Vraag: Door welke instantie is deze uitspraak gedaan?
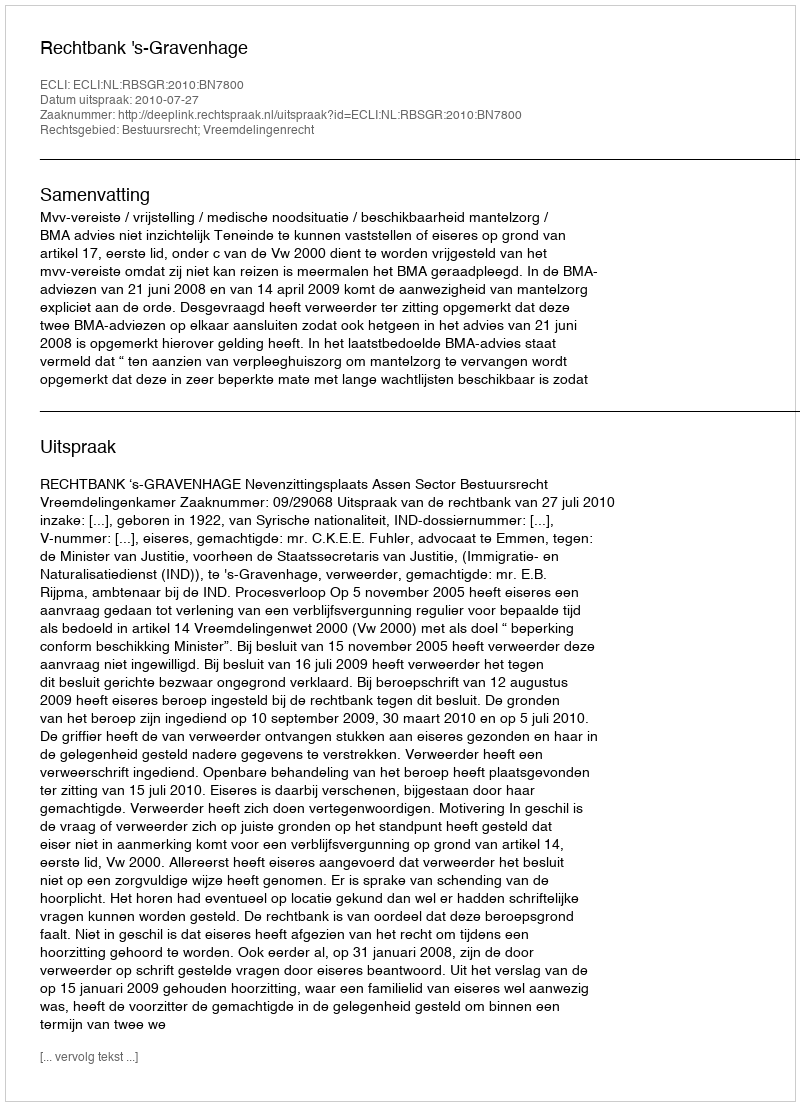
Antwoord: Rechtbank 's-Gravenhage